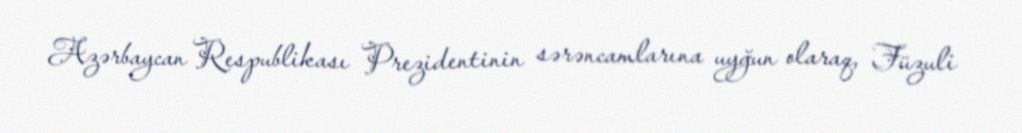
Azərbaycan Respublikası Prezidentinin sərəncamlarına uyğun olaraq, Füzuli